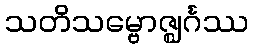
သတိသမ္ဗောဇ္ဈင်္ဂဿ